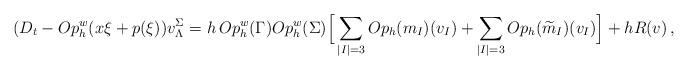
LaTeX: \begin{align*} (D_t - Op_h^w(x\xi +p(\xi))v^{\Sigma}_{\Lambda} = h\, Op_h^w(\Gamma)Op_h^w(\Sigma) \Big[\sum_{|I|=3}Op_h(m_I)(v_I) + \sum_{|I|=3}Op_h(\widetilde{m}_I)(v_I)\Big] + h R(v) \, ,\end{align*}